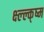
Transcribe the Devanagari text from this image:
क्ष्ल्ल्क्ष्म